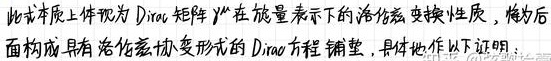
此式本质上体现为 Dirac 矩阵$\gamma^{\mu}$在旋量表示下的洛伦兹变换性质，为后面构成具有洛伦兹协变形式的 Dirac 方程铺垫，具体地作以下证明：